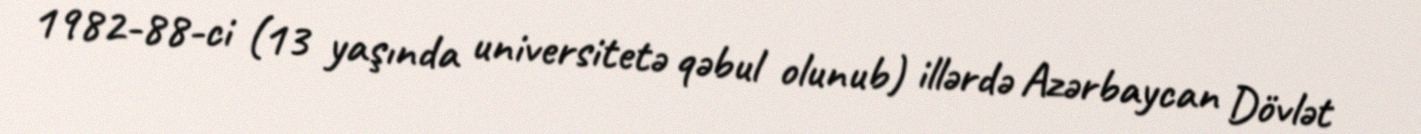
1982-88-ci (13 yaşında universitetə qəbul olunub) illərdə Azərbaycan Dövlət